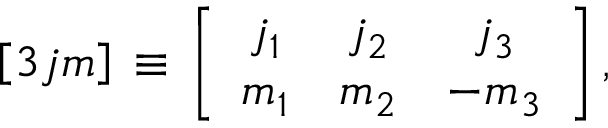
\left[ 3 j m \right] \, \equiv \, \left[ \begin{array} { c c c } { { j _ { 1 } } } & { { j _ { 2 } } } & { { j _ { 3 } } } \\ { { m _ { 1 } } } & { { m _ { 2 } } } & { { - m _ { 3 } } } \end{array} \right] ,